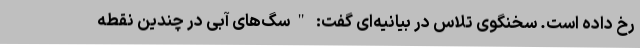
رخ داده است. سخنگوی تلاس در بیانیه‌ای گفت: "سگ‌های آبی در چندین نقطه